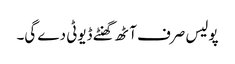
پولیس صرف آٹھ گھنٹے ڈیوٹی دے گی۔